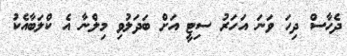
ދެހާސް ދިހަ ވަނަ އަހަރު ސިޓީ އަށް ބަދަލުވި މިލްނާ އެ ކްލަބާއެކު